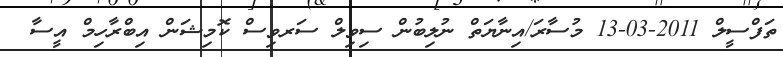
ތަފްސީލް 2011-03-13 މުސާރަ/އިނާޔަތް ނުލިބުން ސިވިލް ސަރވިސް ކޮމިޝަން އިބްރާހިމް އީސާ